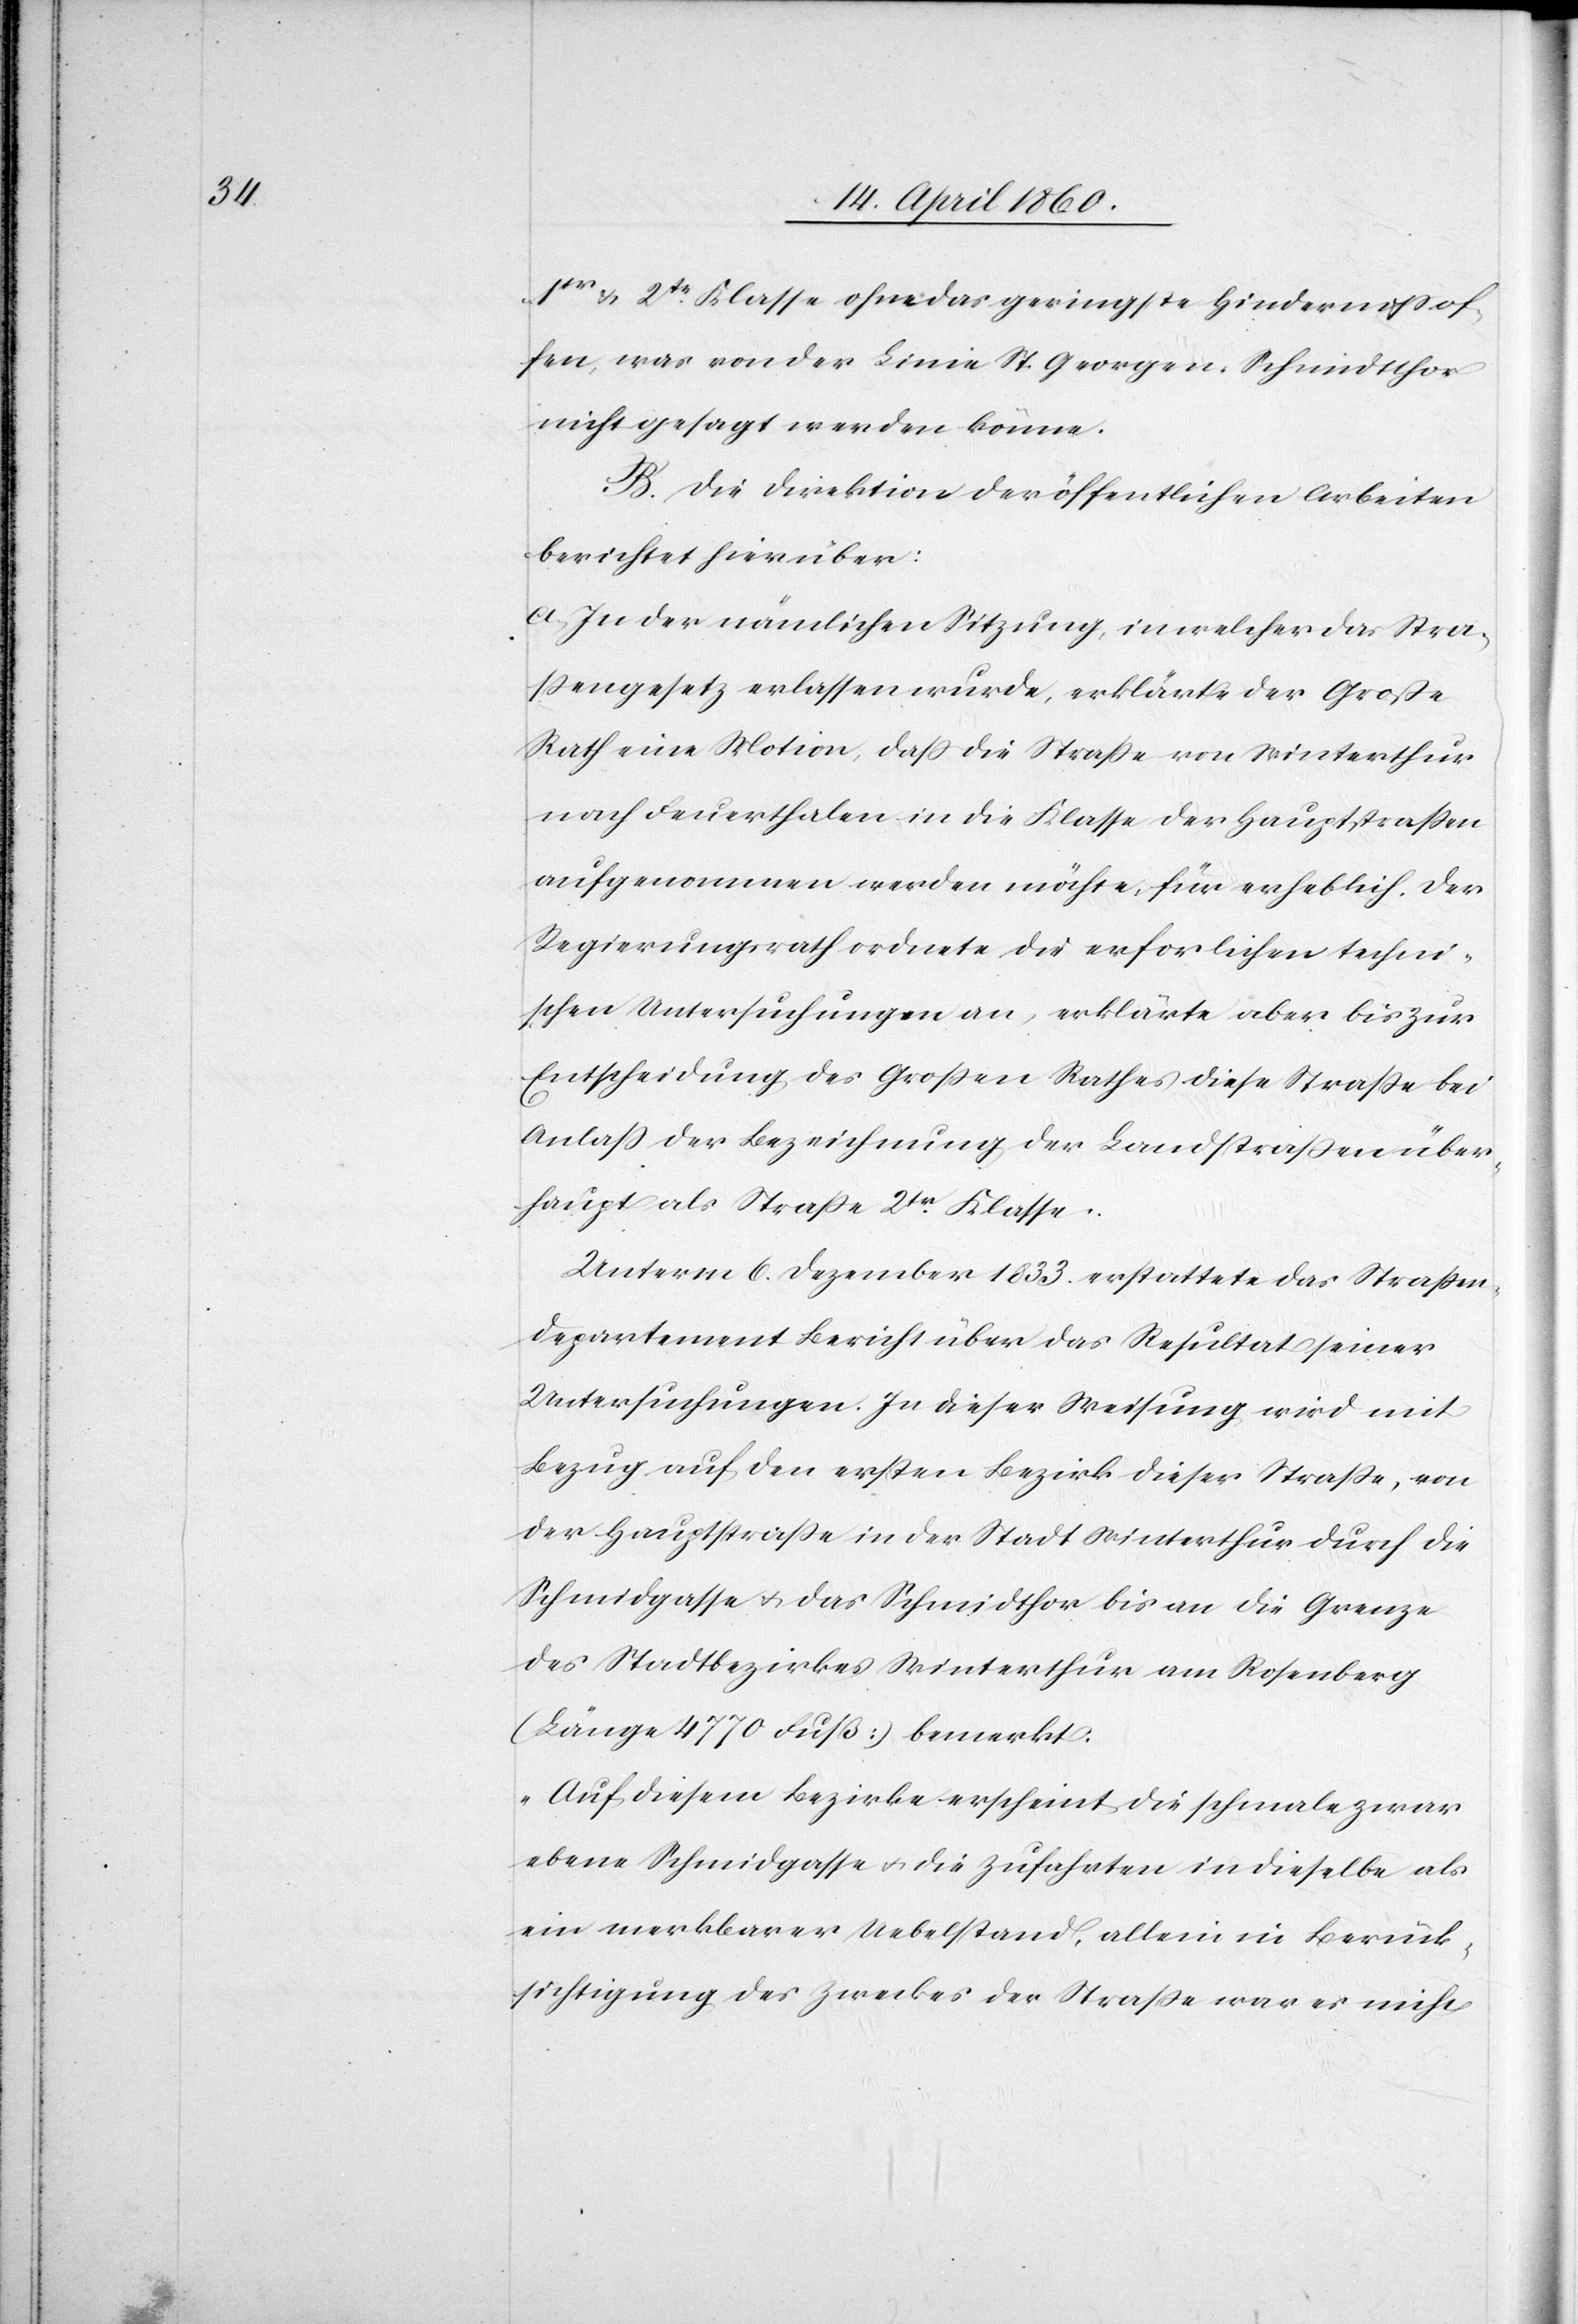
1ter u. 2tr Klasse ohne das geringste Hinderniss of¬
fen, was von der Linie St. Georgen-Schmidtthor
nicht gesagt werden könne.
B. Die Direktion der öffentlichen Arbeiten
berichtet hierüber:
a. In der nämlichen Sitzung, in welcher das Stra¬
ssengesetz erlassen wurde, erklärte der Grosse
Rath eine Motion, dass die Strasse von Winterthur
nach Feuerthalen in die Klasse der Hauptstrassen
aufgenommen werden möchte, für erheblich. Der
Regierungsrath ordnete die erforderlichen techni¬
schen Untersuchungen an, erklärte aber bis zur
Entscheidung des Grossen Rathes diese Strasse bei
Anlass der Bezeichnung der Landstrassen über¬
haupt als Strasse 2tr Klasse.
Unterm 6. Dezember 1833 erstattete das Strassen¬
departement Bericht über das Resultat seiner
Untersuchungen. In dieser Weisung wird mit
Bezug auf den ersten Bezirk dieser Strasse, von
der Hauptstrasse in der Stadt Winterthur durch die
Schmidgasse u. das Schmidthor bis an die Grenze
des Stadtbezirkes Winterthur am Rosenberg
(Länge 4770 Fuß) bemerkt:
„Auf diesem Bezirke erscheint die schmale zwar
ebene Schmidgasse u. die Zufahrten in dieselbe als
ein merkbarer Uebelstand, allein in Berück¬
sichtigung des Zweckes der Strasse war es nicht